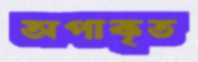
অপাকৃত